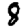
Digit: 8